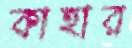
কাহার